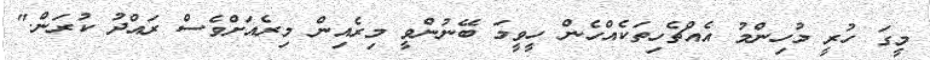
މީގަ ހުރީ މުހިންމު އެއްޗެހިތަކެއްހެން ހީވީމަ ބޭނުންވީ މިރެއިން މިރެއަށްވެސް ރައްދު ކުރަން."